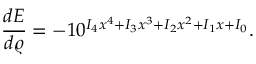
\frac { d E } { d \varrho } = - 1 0 ^ { I _ { 4 } x ^ { 4 } + I _ { 3 } x ^ { 3 } + I _ { 2 } x ^ { 2 } + I _ { 1 } x + I _ { 0 } } .